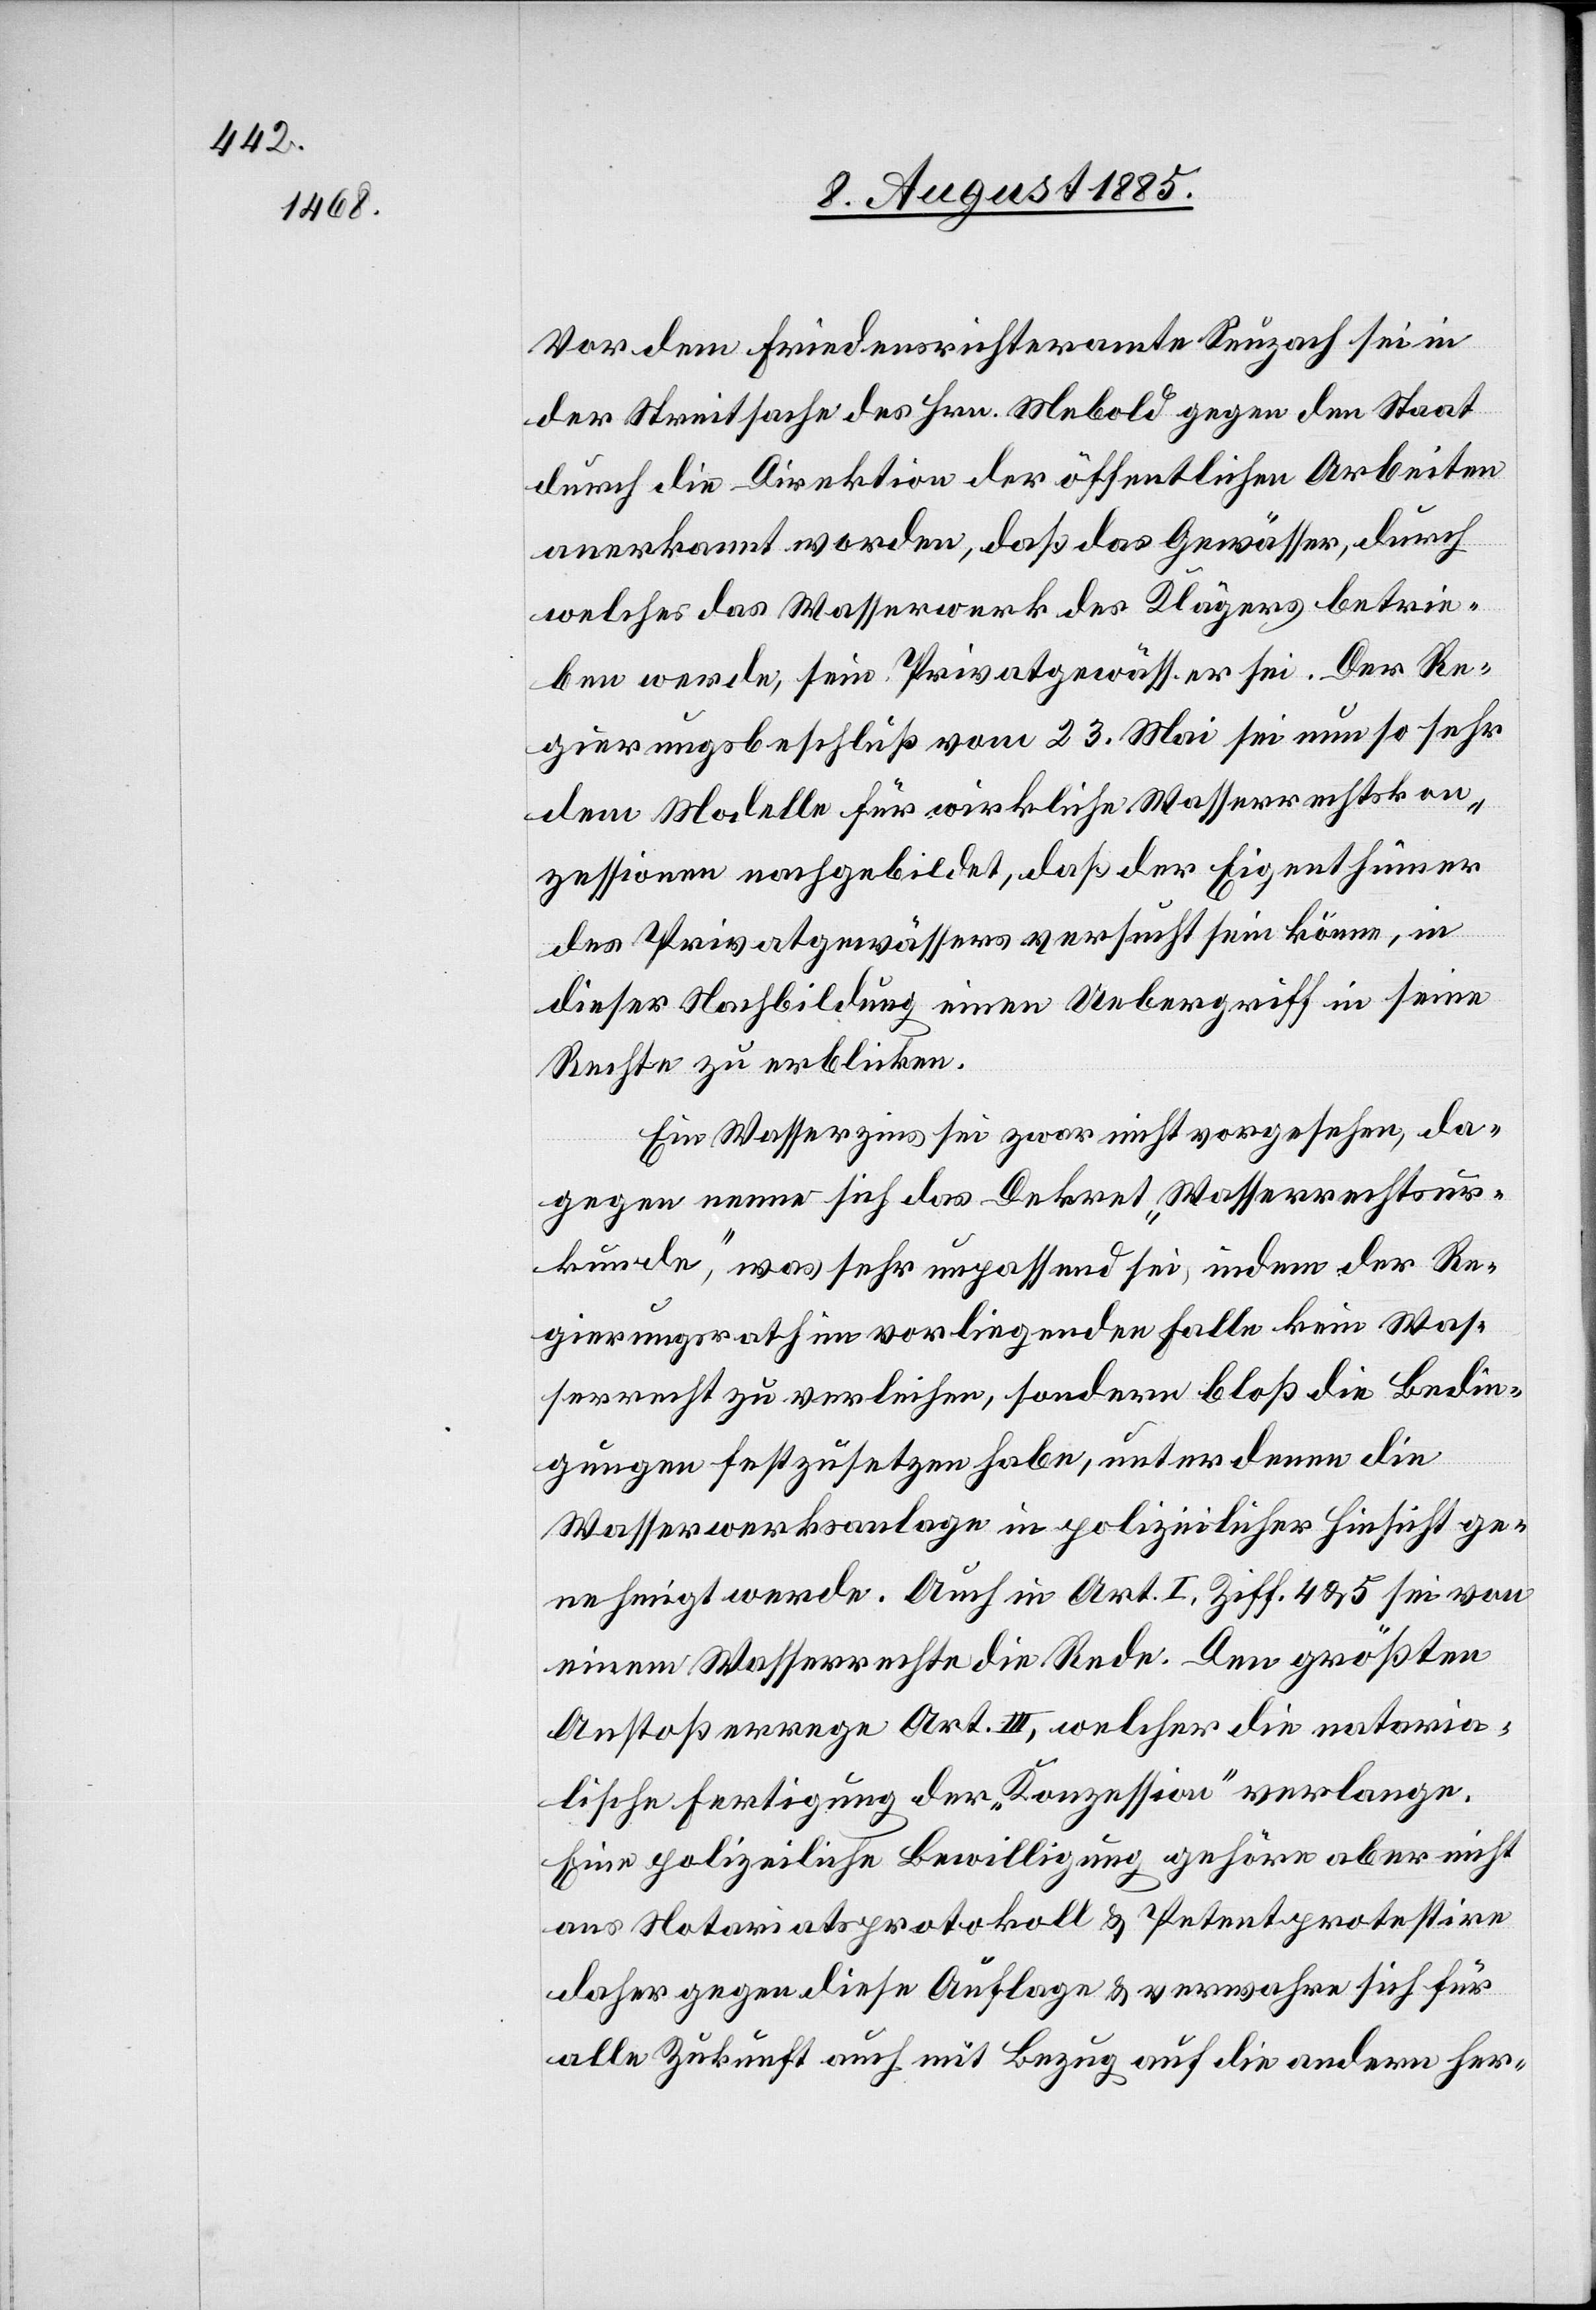
Vor dem Friedensrichteramte Seuzach sei in
der Streitsache des Hrn. Mebold gegen den Staat
durch die Direktion der öffentlichen Arbeiten
anerkannt worden, daß das Gewässer, durch
welches das Wasserwerk des Klägers betrie¬
ben werde, sein Privatgewässer sei. Der Re¬
gierungsbeschluß vom 23. Mai sei nun so sehr
dem Modelle für wirkliche Wasserrechtkon¬
zessionen nachgebildet, daß der Eigenthümer
des Privatgewässers versucht sein könne, in
dieser Nachbildung einen Uebergriff in seine
Rechte zu erblicken.
Ein Wasserzins sei zwar nicht vorgesehen, da¬
gegen nenne sich das Dekret „Wasserrechtsur¬
kunde“, was sehr unpassend sei, indem der Re¬
gierungsrath im vorliegenden Falle kein Was¬
serrecht zu verleihen, sondern bloß die Bedin¬
gung festzusetzen habe, unter denen die
Wasserwerksanlage in polizeilicher Hinsicht ge¬
nehmigt werde. Auch in Art. I, Ziff. 4 & 5 sei von
einem Wasserrecht die Rede. Den größten
Anstoß errege Art. III, welcher die notaria¬
lische Fertigung der „Konzession“ verlange.
Eine polizeiliche Bewilligung gehöre aber nicht
ans Notariatsprotokoll & Petent protestire
daher gegen diese Auflage & verwahre sich für
alle Zukunft auch mit Bezug auf die andern her-